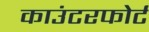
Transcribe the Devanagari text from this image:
काउंटरफोर्ट